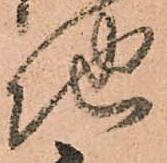
地